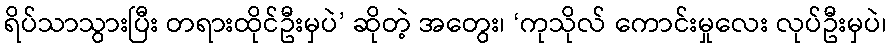
ရိပ်သာသွားပြီး တရားထိုင်ဦးမှပဲ’ ဆိုတဲ့ အတွေး၊ ‘ကုသိုလ် ကောင်းမှုလေး လုပ်ဦးမှပဲ၊